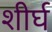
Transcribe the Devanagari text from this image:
शीर्घ